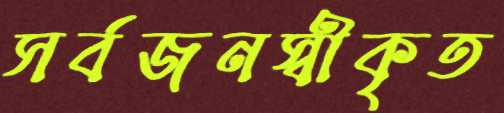
সর্বজনস্বীকৃত